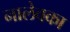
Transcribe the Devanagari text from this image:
नालेवका